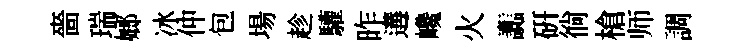
嗇瑞嫏冰仲包場趁驩昨遘巉火讟硏徜槍师調